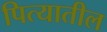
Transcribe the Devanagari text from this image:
पित्यातील